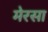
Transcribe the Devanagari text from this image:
मेरसा